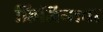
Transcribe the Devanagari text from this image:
फ्रिजियाचा